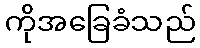
ကိုအခြေခံသည်